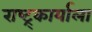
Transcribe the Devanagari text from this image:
राष्ट्र्कार्याला